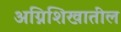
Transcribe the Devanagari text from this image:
अग्निशिखातील